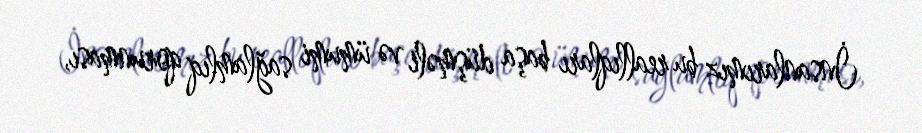
İnsanlarımız bu reallıqları başa düşməli və ümumi sağlamlıq qorunması,